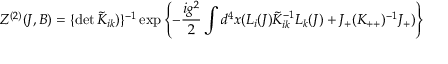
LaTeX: Z ^ { ( 2 ) } ( J , B ) = \{ \operatorname * { d e t } \tilde { K } _ { i k } ) \} ^ { - 1 } \exp \left\{ - \frac { i g ^ { 2 } } { 2 } \int d ^ { 4 } x ( L _ { i } ( J ) \tilde { K } _ { i k } ^ { - 1 } L _ { k } ( J ) + J _ { + } ( K _ { + + } ) ^ { - 1 } J _ { + } ) \right\}